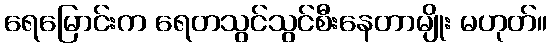
ရေမြောင်းက ရေတသွင်သွင်စီးနေတာမျိုး မဟုတ်။